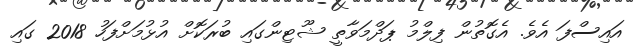
އައިސްފަ އެވެ. އެގޮތުން ފިލްމު ޕަދްމަވާތީ ޝޫޓިންގައި ބުރަކޮށް އުޅުމަށްފަހު 2018 ގައި